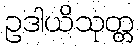
ဥဒါယိသုတ္တ